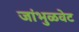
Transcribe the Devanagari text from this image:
जांभुळवेट